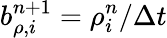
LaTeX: b_{\rho,i}^{n+1}=\rho_{i}^{n}/\Delta t